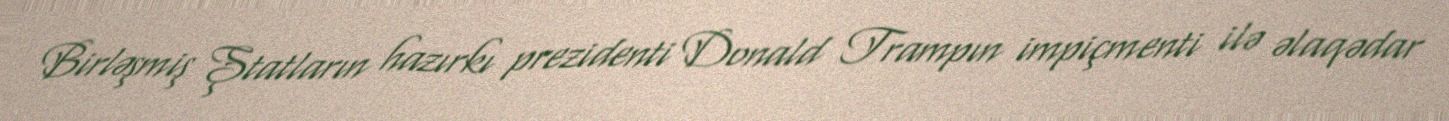
Birləşmiş Ştatların hazırkı prezidenti Donald Trampın impiçmenti ilə əlaqədar